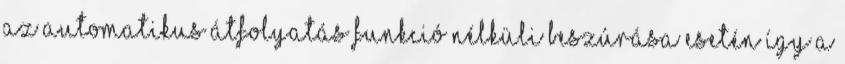
az automatikus átfolyatás funkció nélküli beszúrása esetén így a